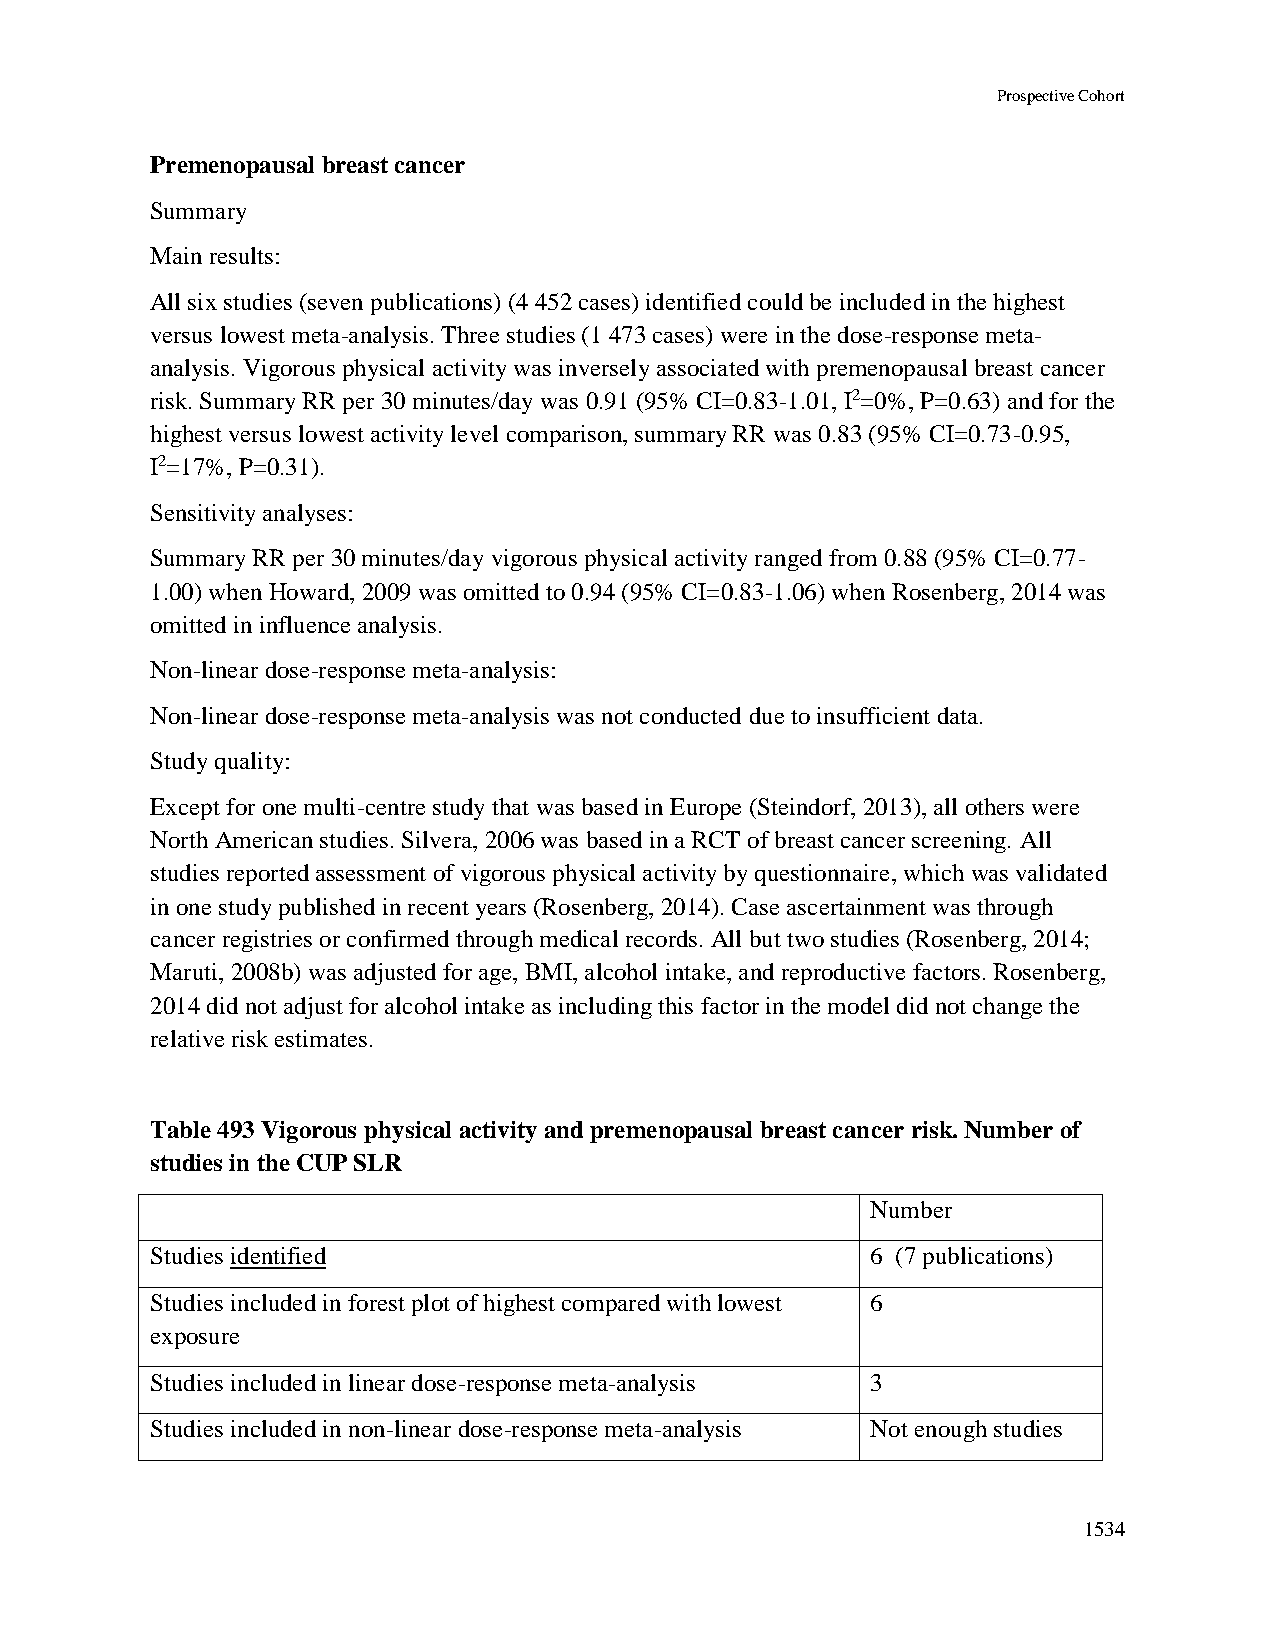
Prospective Cohort
 Premenopausal breast cancer
 Summary
 Main results:
 All six studies (seven publications) (4 452 cases) identified could be included in the highest
 versus lowest meta-analysis. Three studies (1 473 cases) were in the dose-response meta-
 analysis. Vigorous physical activity was inversely associated with premenopausal breast cancer
 risk. Summary RR per 30 minutes/day was 0.91 (95% CI=0.83-1.01, I2=0%, P=0.63) and for the
 highest versus lowest activity level comparison, summary RR was 0.83 (95% CI=0.73-0.95,
 I2=17%, P=0.31).
 Sensitivity analyses:
 Summary RR per 30 minutes/day vigorous physical activity ranged from 0.88 (95% CI=0.77-
 1.00) when Howard, 2009 was omitted to 0.94 (95% CI=0.83-1.06) when Rosenberg, 2014 was
 omitted in influence analysis.
 Non-linear dose-response meta-analysis:
 Non-linear dose-response meta-analysis was not conducted due to insufficient data.
 Study quality:
 Except for one multi-centre study that was based in Europe (Steindorf, 2013), all others were
 North American studies. Silvera, 2006 was based in a RCT of breast cancer screening. All
 studies reported assessment of vigorous physical activity by questionnaire, which was validated
 in one study published in recent years (Rosenberg, 2014). Case ascertainment was through
 cancer registries or confirmed through medical records. All but two studies (Rosenberg, 2014;
 Maruti, 2008b) was adjusted for age, BMI, alcohol intake, and reproductive factors. Rosenberg,
 2014 did not adjust for alcohol intake as including this factor in the model did not change the
 relative risk estimates.
 Table 493 Vigorous physical activity and premenopausal breast cancer risk. Number of
 studies in the CUP SLR
 Number
 Studies identified                              6 (7 publications)
 Studies included in forest plot of highest compared with lowest 6
 exposure
 Studies included in linear dose-response meta-analysis 3
 Studies included in non-linear dose-response meta-analysis Not enough studies
 1534